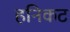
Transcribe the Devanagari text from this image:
हनिकट